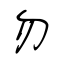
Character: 勿